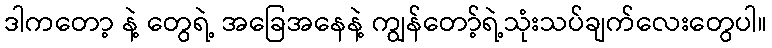
ဒါကတော့ နဲ့ တွေရဲ့ အခြေအနေနဲ့ ကျွန်တော့်ရဲ့သုံးသပ်ချက်လေးတွေပါ။